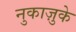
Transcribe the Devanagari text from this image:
नुकाज़ुके